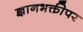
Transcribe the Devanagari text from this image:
ज्ञानभक्तीपर